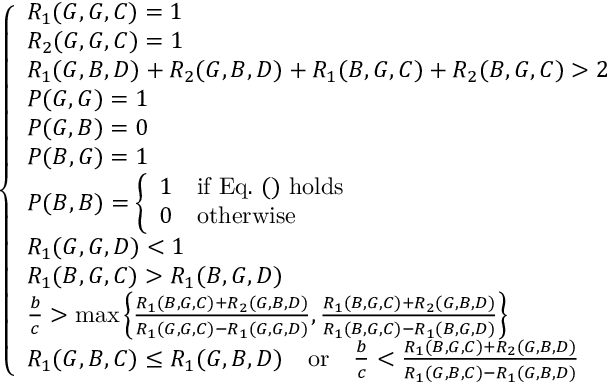
\left\{ \begin{array} { l l } { R _ { 1 } ( G , G , C ) = 1 } \\ { R _ { 2 } ( G , G , C ) = 1 } \\ { R _ { 1 } ( G , B , D ) + R _ { 2 } ( G , B , D ) + R _ { 1 } ( B , G , C ) + R _ { 2 } ( B , G , C ) > 2 } \\ { P ( G , G ) = 1 } \\ { P ( G , B ) = 0 } \\ { P ( B , G ) = 1 } \\ { P ( B , B ) = \left\{ \begin{array} { l l } { 1 } & { \mathrm { i f ~ E q . ~ ( ) ~ h o l d s } } \\ { 0 } & { \mathrm { o t h e r w i s e } } \end{array} \right. } \\ { R _ { 1 } ( G , G , D ) < 1 } \\ { R _ { 1 } ( B , G , C ) > R _ { 1 } ( B , G , D ) } \\ { \frac { b } { c } > \operatorname* { m a x } \left\{ \frac { R _ { 1 } ( B , G , C ) + R _ { 2 } ( G , B , D ) } { R _ { 1 } ( G , G , C ) - R _ { 1 } ( G , G , D ) } , \frac { R _ { 1 } ( B , G , C ) + R _ { 2 } ( G , B , D ) } { R _ { 1 } ( B , G , C ) - R _ { 1 } ( B , G , D ) } \right\} } \\ { R _ { 1 } ( G , B , C ) \leq R _ { 1 } ( G , B , D ) { \quad \mathrm { o r } \quad } \frac { b } { c } < \frac { R _ { 1 } ( B , G , C ) + R _ { 2 } ( G , B , D ) } { R _ { 1 } ( G , B , C ) - R _ { 1 } ( G , B , D ) } } \end{array} \right.